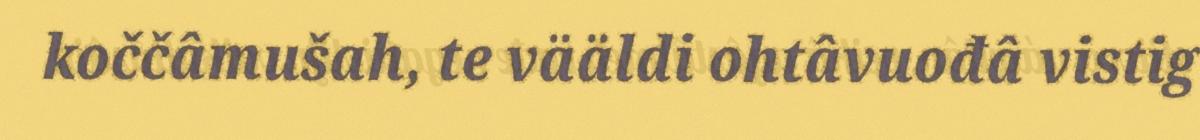
koččâmušah, te vääldi ohtâvuođâ vistig